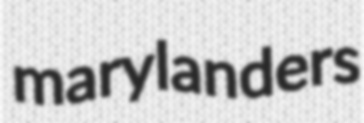
marylanders